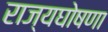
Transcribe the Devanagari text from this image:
राज्यघोषणा